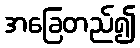
အခြေတည်၍